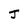
Character: J